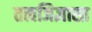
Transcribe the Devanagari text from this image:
तत्वजिज्ञासा